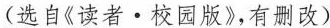
(选自《读者· 校园版》，有删改)